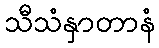
သီသံနှာတာနံ